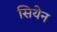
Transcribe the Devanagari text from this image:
सियेन